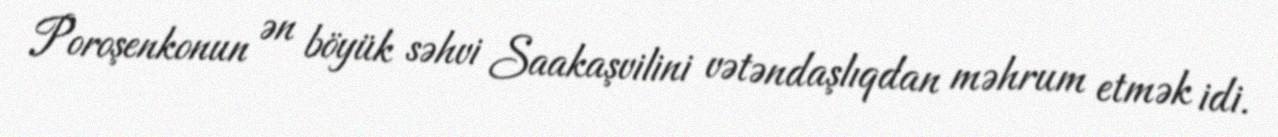
Poroşenkonun ən böyük səhvi Saakaşvilini vətəndaşlıqdan məhrum etmək idi.